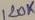
Text: 120K